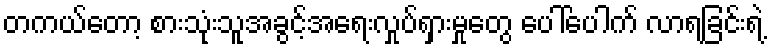
တကယ်တော့ စားသုံးသူအခွင့်အရေးလှုပ်ရှားမှုတွေ ပေါ်ပေါက် လာရခြင်းရဲ့